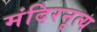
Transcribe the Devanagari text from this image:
मंदिरनृत्य